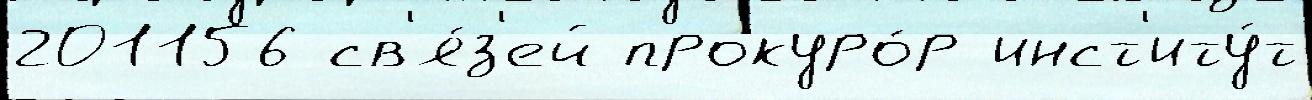
201156 св'я́з'ей прокуро́р инст'иту́т